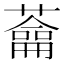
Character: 𦿈